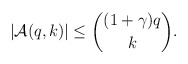
\begin{align*}|\mathcal A(q,k)| \leq \binom{(1+\gamma)q}{k}.\end{align*}